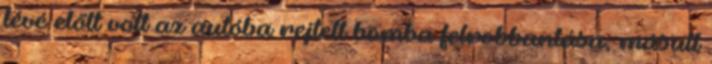
tévé előtt volt az autóba rejtett bomba felrobbantása, másutt